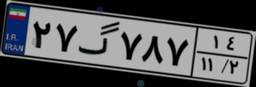
۲۷گ۷۸۷۱۴